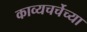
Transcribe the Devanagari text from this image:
काव्यचर्चेच्या